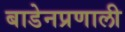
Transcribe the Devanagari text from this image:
बाडेनप्रणाली